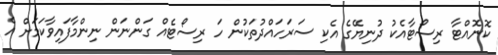
ކޮނޮއްޓާ ރިސޯޓާއެކު ދުނިޔޭގެ އެކި ސަރަހައްދުތަކުން ހަ ރިސޯޓެއް ގަންނަން ނިންމާފައިވާކަމަށް އެ